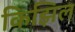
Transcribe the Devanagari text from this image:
किझिल